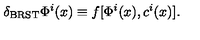
\delta _ { \mathrm { B R S T } } \Phi ^ { i } ( x ) \equiv f [ \Phi ^ { i } ( x ) , c ^ { i } ( x ) ] .